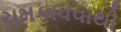
ચમકાવવાથી